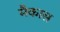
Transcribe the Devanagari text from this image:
मैकास